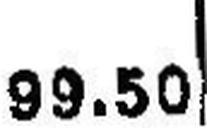
99.50